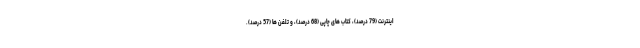
اینترنت (79 درصد)، کتاب های چاپی (68 درصد)، و تلفن ها (57 درصد).